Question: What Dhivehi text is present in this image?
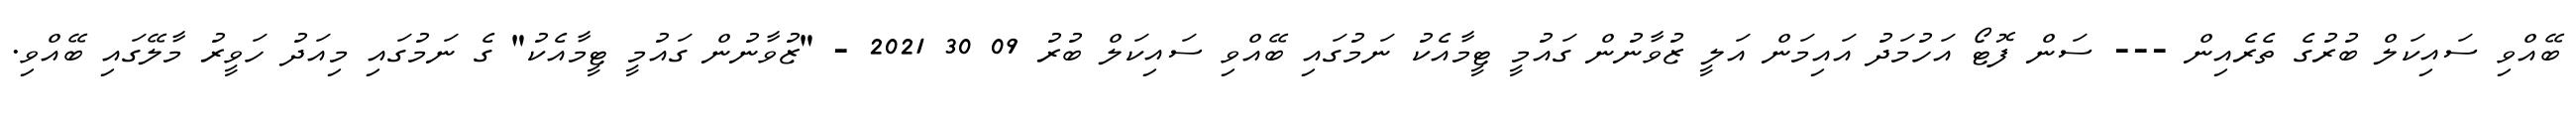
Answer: ބޭއްވި ސައިކަލް ބުރުގެ ތެރެއިން --- ސަން ފޮޓޯ އަހުމަދު އައިމަން އަލީ ޒުވާނުން ގައުމީ ޓީމާއެކު ނަމުގައި ބޭއްވި ސައިކަލް ބުރު 09 30 2021 - "ޒުވާނުން ގައުމީ ޓީމާއެކު" ގެ ނަމުގައި މިއަދު ހަވީރު މާލޭގައި ބޭއްވި.